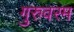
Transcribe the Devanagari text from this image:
गुरुवरम